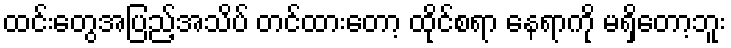
ထင်းတွေအပြည့်အသိပ် တင်ထားတော့ ထိုင်စရာ နေရာကို မရှိတော့ဘူး